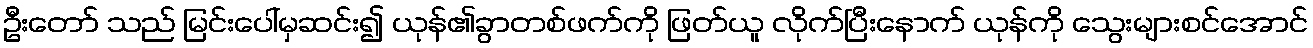
ဦးတော် သည် မြင်းပေါ်မှဆင်း၍ ယုန်၏ခွာတစ်ဖက်ကို ဖြတ်ယူ လိုက်ပြီးနောက် ယုန်ကို သွေးများစင်အောင်